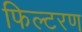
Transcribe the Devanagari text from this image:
फिल्टरण